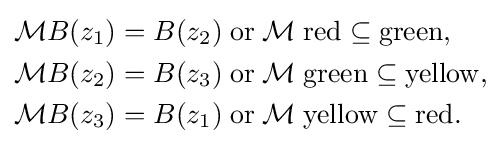
{\begin{aligned}{\mathcal {M}}B(z_{1})&=B(z_{2}){\;}{\mathrm {or} }{\;}{\mathcal {M}}{\;}{\mathrm {red} }\subseteq {\mathrm {green} },\\{\mathcal {M}}B(z_{2})&=B(z_{3}){\;}{\mathrm {or} }{\;}{\mathcal {M}}{\;}{\mathrm {green} }\subseteq {\mathrm {yellow} },\\{\mathcal {M}}B(z_{3})&=B(z_{1}){\;}{\mathrm {or} }{\;}{\mathcal {M}}{\;}{\mathrm {yellow} }\subseteq {\mathrm {red} }.\end{aligned}}